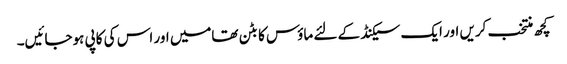
کچھ منتخب کریں اور ایک سیکنڈ کے لئے ماؤس کا بٹن تھامیں اور اس کی کاپی ہوجائیں۔